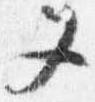
又